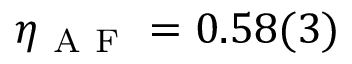
\eta _ { \mathrm { ~ A ~ F ~ } } = 0 . 5 8 ( 3 )